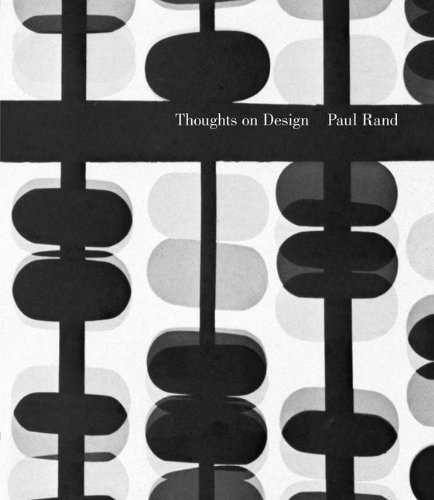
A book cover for Thoughts on Design; Paul Rand; Arts & Photography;